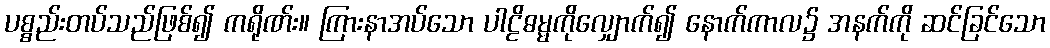
ပစ္စည်းတပ်သည်ဖြစ်၍ ကရိုဏ်း။ ကြားနာအပ်သော ပါဠိဓမ္မကိုလျှောက်၍ နောက်ကာလ၌ အနက်ကို ဆင်ခြင်သော